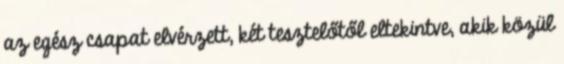
az egész csapat elvérzett, két tesztelőtől eltekintve, akik közül